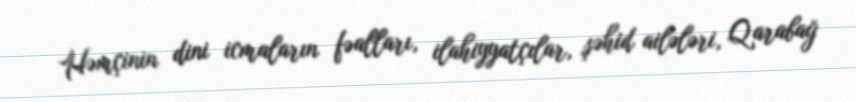
Həmçinin dini icmaların fəalları, ilahiyyatçılar, şəhid ailələri, Qarabağ